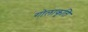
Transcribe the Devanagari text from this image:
गोलाकृति